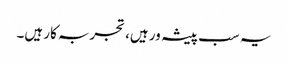
یہ سب پیشہ ور ہیں، تجربہ کار ہیں۔